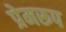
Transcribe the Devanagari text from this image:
प्रेमरूप